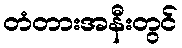
တံတားအနီးတွင်